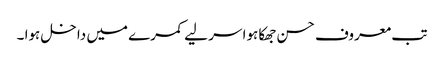
تب معروف حسن جھکا ہوا سر لیے کمرے میں داخل ہوا ۔